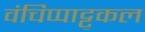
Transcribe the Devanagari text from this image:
वंचिप्पाट्टुकल